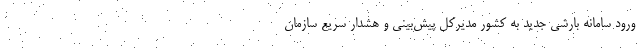
ورود سامانه بارشی جدید به کشور مدیرکل پیش‌بینی و هشدار سریع سازمان